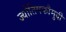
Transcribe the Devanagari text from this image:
ज्योतिषकौमुदी